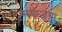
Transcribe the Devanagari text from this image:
समाजया